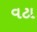
વટા